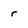
Character: r